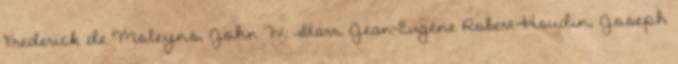
Frederick de Moleyns, John W. Starr, Jean-Eugène Robert-Houdin, Joseph